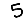
Digit: 5